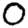
Digit: 0